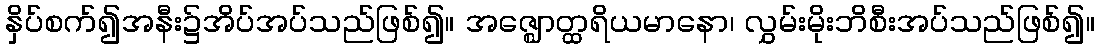
နှိပ်စက်၍အနီး၌အိပ်အပ်သည်ဖြစ်၍။ အဇ္ဈောတ္ထရိယမာနော၊ လွှမ်းမိုးဘိစီးအပ်သည်ဖြစ်၍။